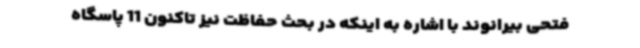
فتحی بیرانوند با اشاره به اینکه در بحث حفاظت نیز تاکنون 11 پاسگاه